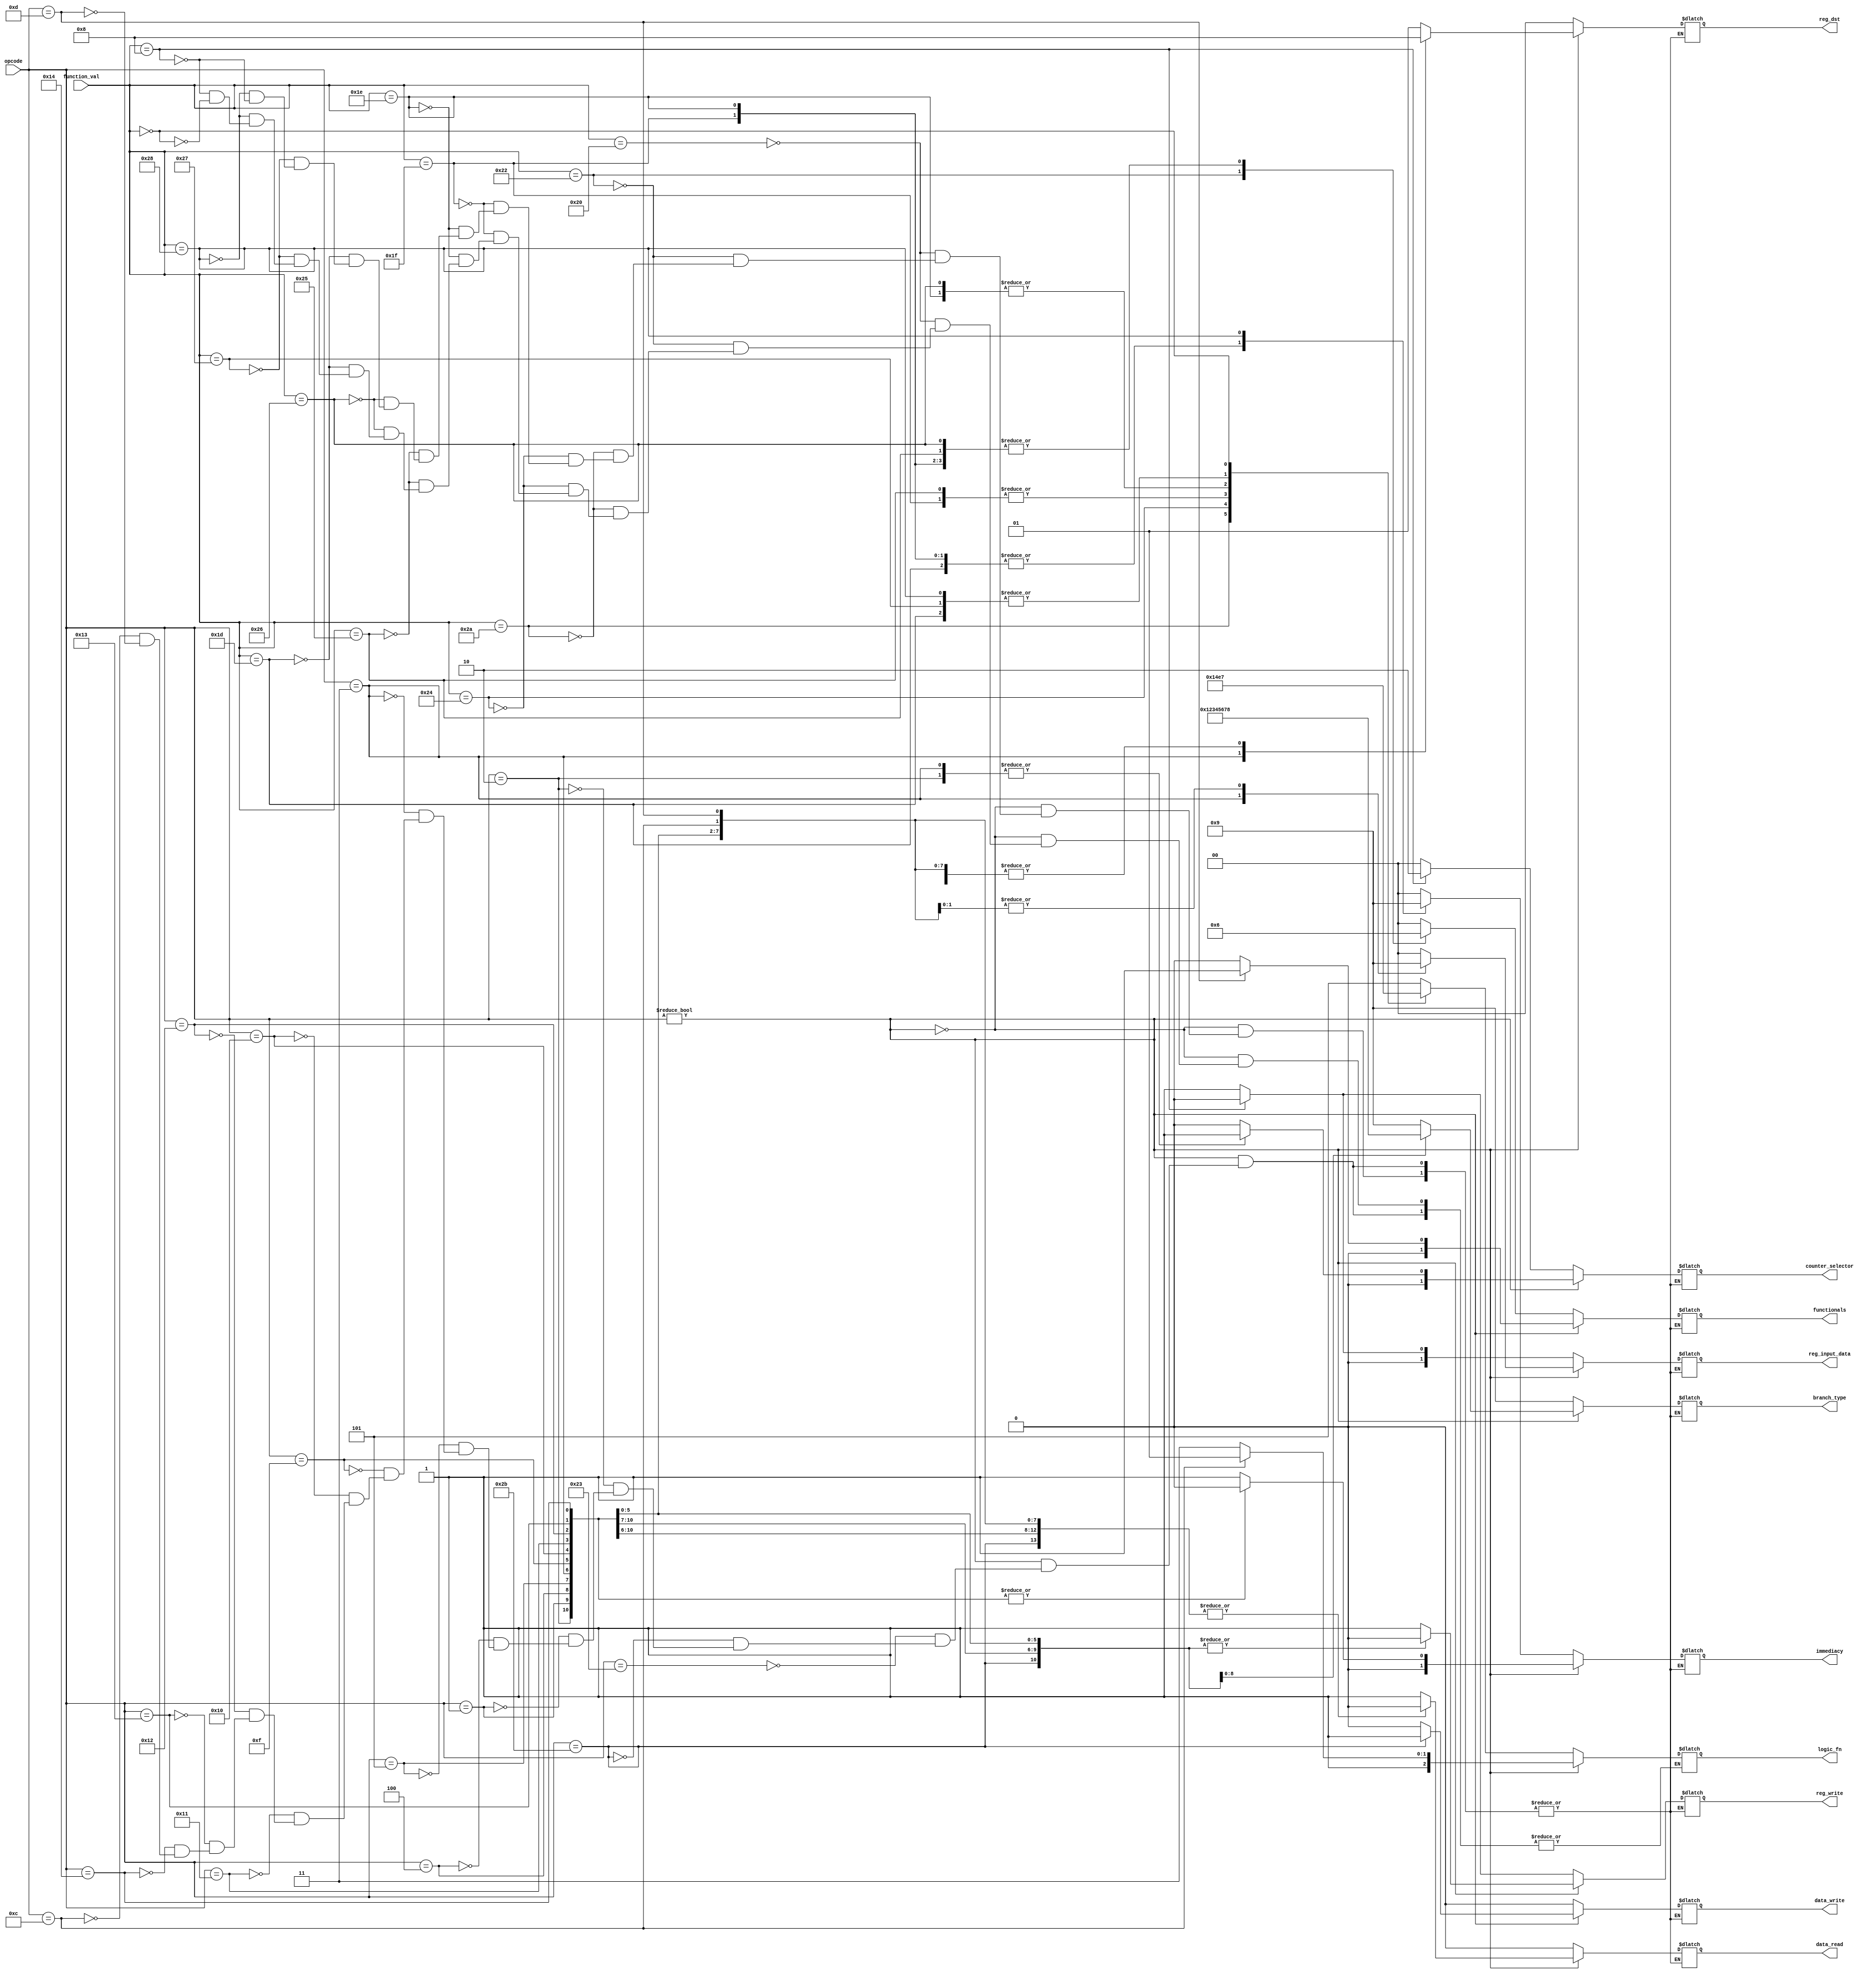
`timescale 1ns / 1ps
///////////////////////////////////
// Assignment No 7
// Semester 5 (Autumn 2018)
// Group 28
// Members:
//			Swastika Dutta (16CS10060)
//			Sayan Sinha		(16CS10048)
/////////////////////////////////////
module control_unit(
    input [5:0] opcode,
    input [5:0] function_val,
    output reg [1:0] reg_dst,
	 output reg reg_write,
    output reg [1:0] immediacy,
    output reg [2:0] logic_fn,
    output reg [1:0] functionals,
    output reg data_read,
    output reg data_write,
    output reg [1:0] reg_input_data,
    output reg [3:0] branch_type,
    output reg [1:0] counter_selector
    );

always @(opcode or function_val)
	begin
	 if(opcode)
	  begin
	    case(opcode)
		  			6'b100011: begin
			           reg_dst = 2'b01;
			           reg_write = 1;
						  immediacy = 2'b01;
						  functionals = 2'b00;
						  logic_fn = 3'b111;
						  data_read = 1;
						  data_write = 0;
						  reg_input_data = 2'b00;
					     branch_type = 4'b1001;
						  counter_selector = 2'b00;
						  end
			6'b101011: begin
			           reg_dst = 2'b00;
			           reg_write = 0;
						  immediacy = 2'b01;
						  functionals = 2'b00;
						  logic_fn = 3'b111;
						  data_read = 0;
						  data_write = 1;
						  reg_input_data = 2'b00;
					     branch_type = 4'b1001;
						  counter_selector = 2'b00;
						  end
			6'b000010: begin
			           reg_dst = 2'b00;
			           reg_write = 0;
						  immediacy = 2'b00;
						  functionals = 2'b00;
						  logic_fn = 3'b111;
						  data_read = 0;
						  data_write = 0;
						  reg_input_data = 2'b00;
					     branch_type = 4'b1001;
						  counter_selector = 2'b01;
						  end
			6'b000001: begin
			           reg_dst = 2'b00;
			           reg_write = 0;
						  immediacy = 2'b00;
						  functionals = 2'b00;
						  logic_fn = 3'b111;
						  data_read = 0;
						  data_write = 0;
						  reg_input_data = 2'b00;
					     branch_type = 4'b0000;
						  counter_selector = 2'b00;
						  end
			6'b000100: begin
			           reg_dst = 2'b00;
			           reg_write = 0;
						  immediacy = 2'b00;
						  logic_fn = 3'b111;
						  functionals = 2'b00;
						  data_read = 0;
						  data_write = 0;
						  reg_input_data = 2'b00;
					     branch_type = 4'b0001;
						  counter_selector = 2'b00;
						  end
			6'b000101: begin
			           reg_dst = 2'b00;
			           reg_write = 0;
						  immediacy = 2'b00;
						  logic_fn = 3'b111;
						  functionals = 2'b00;
						  data_read = 0;
						  data_write = 0;
						  reg_input_data = 2'b00;
					     branch_type = 4'b0010;
						  counter_selector = 2'b00;
						  end
			6'b000011: begin
			           reg_dst = 2'b10;
			           reg_write = 1;
						  immediacy = 2'b00;
						  logic_fn = 3'b111;
						  functionals = 2'b00;
						  data_read = 0;
						  data_write = 0;
						  reg_input_data = 2'b10;
					     branch_type = 4'b1001;
						  counter_selector = 2'b01;
						  end
			6'b001111: begin
			           reg_dst = 2'b00;
			           reg_write = 0;
						  immediacy = 2'b00;
						  logic_fn = 3'b111;
						  functionals = 2'b00;
						  data_read = 0;
						  data_write = 0;
						  reg_input_data = 2'b00;
					     branch_type = 4'b0011;
						  counter_selector = 2'b00;
						  end
			6'b010000: begin
			           reg_dst = 2'b00;
			           reg_write = 0;
						  immediacy = 2'b00;
						  logic_fn = 3'b111;
						  functionals = 2'b00;
						  data_read = 0;
						  data_write = 0;
						  reg_input_data = 2'b00;
					     branch_type = 4'b0100;
						  counter_selector = 2'b00;
						  end
			6'b010001: begin
			           reg_dst = 2'b00;
			           reg_write = 0;
						  immediacy = 2'b00;
						  logic_fn = 3'b111;
						  functionals = 2'b00;
						  data_read = 0;
						  data_write = 0;
						  reg_input_data = 2'b00;
					     branch_type = 4'b0101;
						  counter_selector = 2'b00;
						  end
			6'b010010: begin
			           reg_dst = 2'b00;
			           reg_write = 0;
						  immediacy = 2'b00;
						  logic_fn = 3'b111;
						  functionals = 2'b00;
						  data_read = 0;
						  data_write = 0;
						  reg_input_data = 2'b00;
					     branch_type = 4'b0110;
						  counter_selector = 2'b00;
						  end
			 6'b010011: begin
			           reg_dst = 2'b00;
			           reg_write = 0;
						  immediacy = 2'b00;
						  logic_fn = 3'b111;
						  functionals = 2'b00;
						  data_read = 0;
						  data_write = 0;
						  reg_input_data = 2'b00;
					     branch_type = 4'b0111;
						  counter_selector = 2'b00;
						  end
		6'b010100: begin
			           reg_dst = 2'b00;
			           reg_write = 0;
						  immediacy = 2'b00;
						  logic_fn = 3'b111;
						  functionals = 2'b00;
						  data_read = 0;
						  data_write = 0;
						  reg_input_data = 2'b00;
					     branch_type = 4'b1000;
						  counter_selector = 2'b00;
						  end
		 6'b001100: begin
			           reg_dst = 2'b00;
			           reg_write = 1;
						  immediacy = 2'b01;
						  logic_fn = 3'b101;
						  functionals = 2'b00;
						  data_read = 0;
						  data_write = 0;
						  reg_input_data = 2'b01;
					     branch_type = 4'b1001;
						  counter_selector = 2'b00;
						  end
			6'b001101: begin
			           reg_dst = 2'b00;
			           reg_write = 1;
						  immediacy = 2'b01;
						  logic_fn = 3'b111;
						  functionals = 2'b01;
						  data_read = 0;
						  data_write = 0;
						  reg_input_data = 2'b01;
					     branch_type = 4'b1001;
						  counter_selector = 2'b00;
						  end

		 endcase
	  end
	 else
	  begin
      case(function_val)
		
		  
		  6'b100000:  begin
			           reg_dst = 2'b00;
			           reg_write = 1;
						  immediacy = 2'b00;
						  logic_fn = 3'b101;
						  functionals = 2'b00;
						  data_read = 0;
						  data_write = 0;
						  reg_input_data = 2'b01;
					     branch_type = 4'b1001;
						  counter_selector = 2'b00;
						 end
		  6'b100010:			 begin
			           reg_dst = 2'b00;
			           reg_write = 1;
						  immediacy = 2'b00;
						  logic_fn = 3'b101;
						  functionals = 2'b01;
						  data_read = 0;
						  data_write = 0;
						  reg_input_data = 2'b01;
					     branch_type = 4'b1001;
						  counter_selector = 2'b00;
						 end

		  6'b101010:			begin
			           reg_dst = 2'b00;
			           reg_write = 1;
						  immediacy = 2'b00;
						  logic_fn = 3'b000;
						  functionals = 2'b10;
						  data_read = 0;
						  data_write = 0;
						  reg_input_data = 2'b01;
					     branch_type = 4'b1001;
						  counter_selector = 2'b00;
						 end
		  6'b100100:			begin
			           reg_dst = 2'b00;
			           reg_write = 1;
						  immediacy = 2'b00;
						  logic_fn = 3'b001;
						  functionals = 2'b10;
						  data_read = 0;
						  data_write = 0;
						  reg_input_data = 2'b01;
					     branch_type = 4'b1001;
						  counter_selector = 2'b00;
						 end
		  6'b011111:			begin
			           reg_dst = 2'b00;
			           reg_write = 1;
						  immediacy = 2'b10;
						  logic_fn = 3'b010;
						  functionals = 2'b10;
						  data_read = 0;
						  data_write = 0;
						  reg_input_data = 2'b01;
					     branch_type = 4'b1001;
						  counter_selector = 2'b00;
						 end
		  6'b011110:			begin
			           reg_dst = 2'b00;
			           reg_write = 1;
						  immediacy = 2'b10;
						  logic_fn = 3'b011;
						  functionals = 2'b10;
						  data_read = 0;
						  data_write = 0;
						  reg_input_data = 2'b01;
					     branch_type = 4'b1001;
						  counter_selector = 2'b00;
						 end
		  6'b100101:			begin
			           reg_dst = 2'b00;
			           reg_write = 1;
						  immediacy = 2'b00;
						  logic_fn = 3'b010;
						  functionals = 2'b10;
						  data_read = 0;
						  data_write = 0;
						  reg_input_data = 2'b01;
					     branch_type = 4'b1001;
						  counter_selector = 2'b00;
						 end
		  6'b100110:			begin
			           reg_dst = 2'b00;
			           reg_write = 1;
						  immediacy = 2'b00;
						  logic_fn = 3'b011;
						  functionals = 2'b10;
						  data_read = 0;
						  data_write = 0;
						  reg_input_data = 2'b01;
					     branch_type = 4'b1001;
						  counter_selector = 2'b00;
						 end
		  6'b011101:			begin
			           reg_dst = 2'b00;
			           reg_write = 1;
						  immediacy = 2'b10;
						  logic_fn = 3'b100;
						  functionals = 2'b10;
						  data_read = 0;
						  data_write = 0;
						  reg_input_data = 2'b01;
					     branch_type = 4'b1001;
						  counter_selector = 2'b00;
						 end
		  6'b100111:			begin
			           reg_dst = 2'b00;
			           reg_write = 1;
						  immediacy = 2'b00;
						  logic_fn = 3'b100;
						  functionals = 2'b10;
						  data_read = 0;
						  data_write = 0;
						  reg_input_data = 2'b01;
					     branch_type = 4'b1001;
						  counter_selector = 2'b00;
						 end
		6'b101000:			begin
			           reg_dst = 2'b00;
			           reg_write = 1;
						  immediacy = 2'b01;
						  logic_fn = 3'b100;
						  functionals = 2'b10;
						  data_read = 0;
						  data_write = 0;
						  reg_input_data = 2'b01;
					     branch_type = 4'b1001;
						  counter_selector = 2'b00;
						 end
		  6'b001000:			begin
			           reg_dst = 2'b00;
			           reg_write = 0;
						  immediacy = 2'b00;
						  logic_fn = 3'b101;
						  functionals = 2'b00;
						  data_read = 0;
						  data_write = 0;
						  reg_input_data = 2'b00;
					     branch_type = 4'b1001;
						  counter_selector = 2'b10;
						 end
				  6'b000000:			begin
//			           reg_dst = 2'b00;
//			           reg_write = 0;
//						  immediacy = 2'b00;
						  logic_fn = 3'b111;
//						  functionals = 2'b00;
//						  data_read = 0;
//						  data_write = 0;
//						  reg_input_data = 2'b00;
//					     branch_type = 4'b1001;
//						  counter_selector = 2'b10;
						 end
		endcase
	  end	  
	end

endmodule